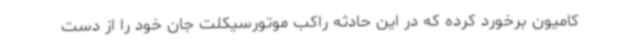
کامیون برخورد کرده که در این حادثه راکب موتورسیکلت جان خود را از دست